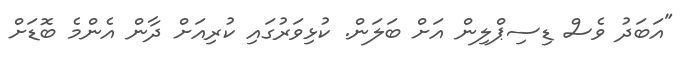
"އަބަދު ވެސް ޑިސިޕްލިން އަށް ބަލަން. ކުޅިވަރުގައި ކުރިއަށް ދާން އެންމެ ބޮޑަށް